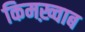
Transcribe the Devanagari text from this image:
किमख़्वाब